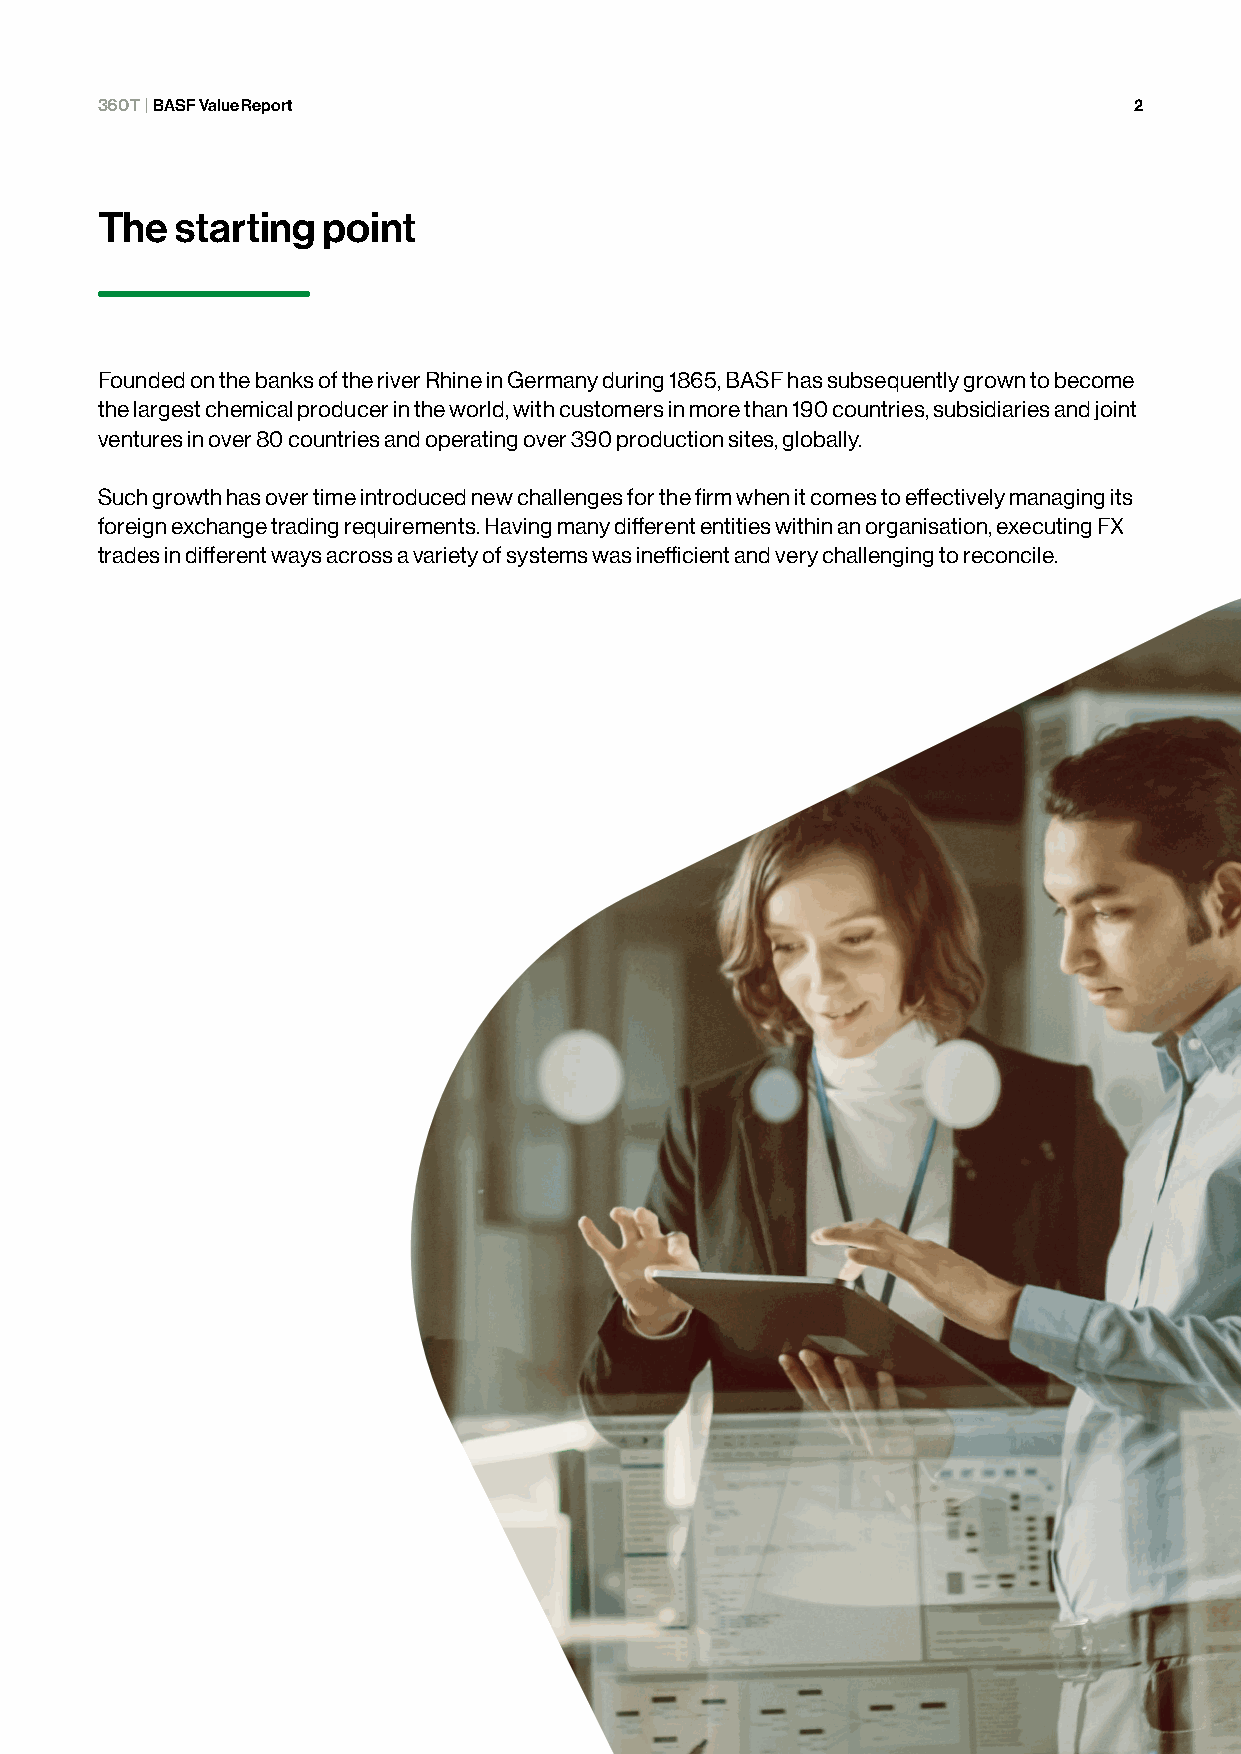
360T | BASF Value Report                                             2
 The   starting point
 Founded on the banks of the river Rhine in Germany during 1865, BASF has subsequently grown to become
 the largest chemical producer in the world, with customers in more than 190 countries, subsidiaries and joint
 ventures in over 80 countries and operating over 390 production sites, globally.
 Such growth has over time introduced new challenges for the firm when it comes to effectively managing its
 foreign exchange trading requirements. Having many different entities within an organisation, executing FX
 trades in different ways across a variety of systems was inefficient and very challenging to reconcile.